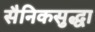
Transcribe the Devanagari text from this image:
सैनिकसुद्धा